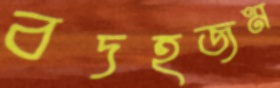
বদহজম